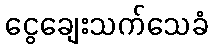
ငွေချေးသက်သေခံ